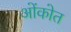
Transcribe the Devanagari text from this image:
ओंकोत